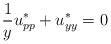
LaTeX: \begin{align*}\frac{1}{y}u^*_{pp} + u^*_{yy} = 0\end{align*}